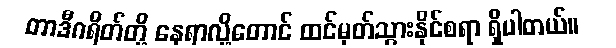
တာဒီဂရိတ်တို့ နေရာလို့တောင် ထင်မှတ်သွားနိုင်စရာ ရှိပါတယ်။